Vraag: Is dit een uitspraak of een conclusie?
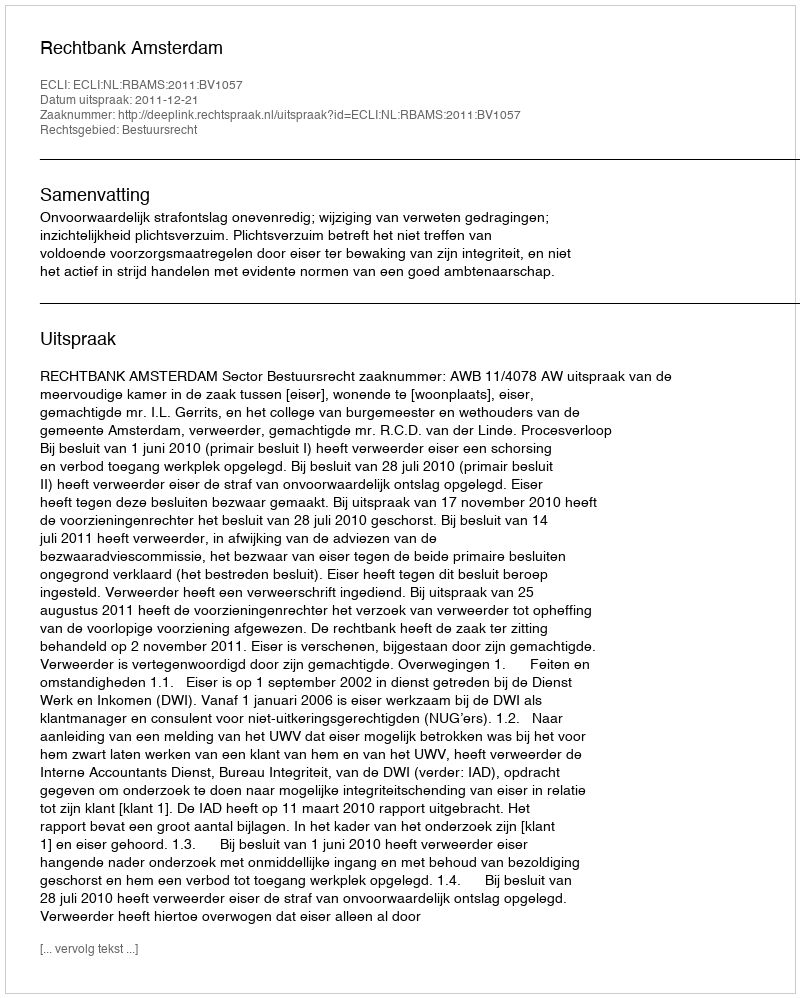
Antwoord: Uitspraak